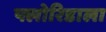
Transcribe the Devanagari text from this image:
फ्लोरिडाला